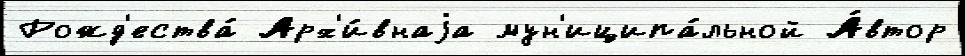
Рожд'ества́ Арх'и́внаjа мун'иципа́льной А́втор